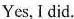
Yes, I did.